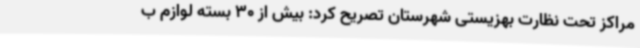
مراکز تحت نظارت بهزیستی شهرستان تصریح کرد: بیش از 30 بسته لوازم ب